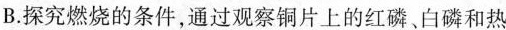
B.探究燃烧的条件，通过观察铜片上的红磷、白磷和热